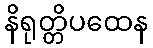
နိရုတ္တိပထေန